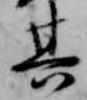
其